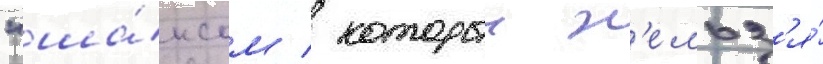
"ша́нсом / которыи н'ельз'я́